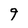
Character: 9